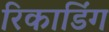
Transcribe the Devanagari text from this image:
रिकाडिंग